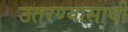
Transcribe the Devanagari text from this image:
उतरण्यासाथी